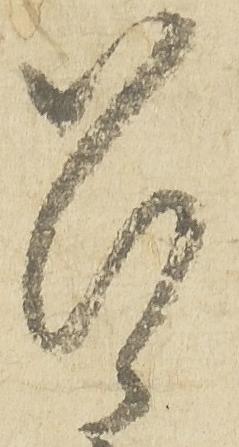
召